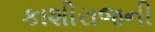
કાશીરાજની